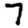
Digit: 7